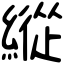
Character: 縱